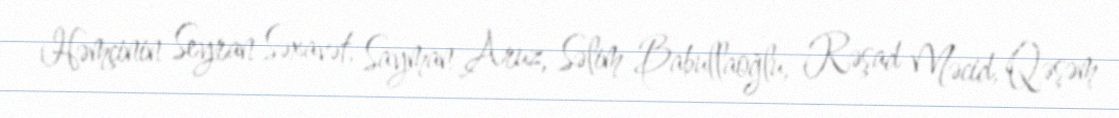
Həmçinin Seyran Səxavət, Sayman Aruz, Səlim Babullaoğlu, Rəşad Məcid, Qəşəm